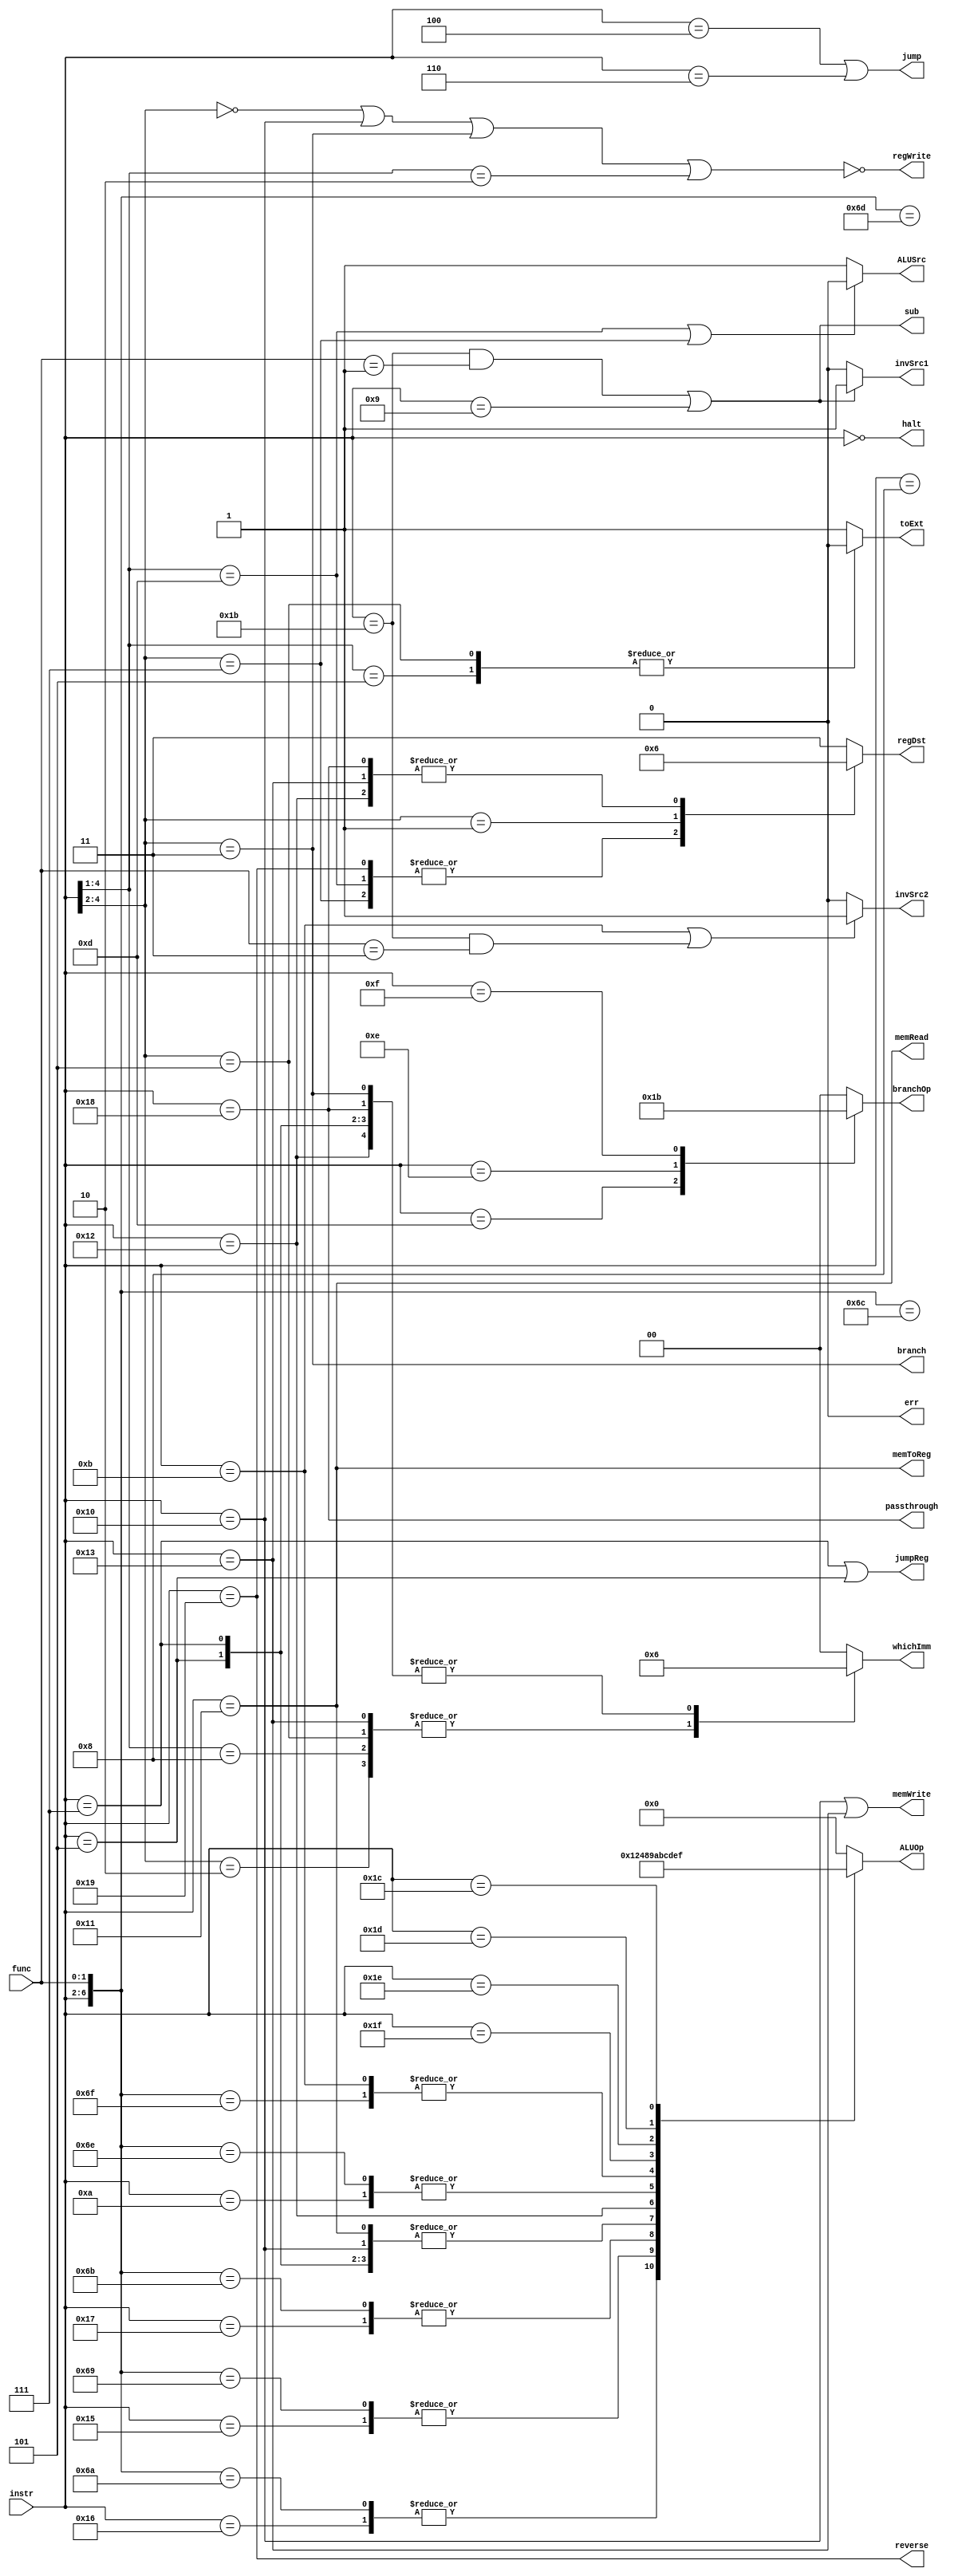
module control(instr, func, regDst, regWrite, whichImm, toExt, jump, jumpReg, branch, branchOp, memRead, memWrite, memToReg, ALUOp, ALUSrc, invSrc1, invSrc2, sub, halt, passthrough, reverse, err);
    input [4:0] instr;
    input [1:0] func;

    output reg [1:0] regDst;
    output regWrite;
    output reg [1:0] whichImm;
    output reg toExt;
    output jump, jumpReg, branch;
    output reg [1:0] branchOp;
    output memRead, memWrite, memToReg;
    output reg [3:0] ALUOp;
    output ALUSrc;
    output invSrc1, invSrc2, sub, halt, passthrough, reverse;

    output err;
   
    assign err = 1'b0;
 
    /*assign regDst = (instr[4:3] == 2'b11) ? `REG_R_FORMAT : 
		    (instr[4:2] == 3'b001) ? `REG_R7 : 
                    (instr == 5'b10011 || instr == 5'b11000 ||
		     instr == 5'b10010) ? `REG_I_FORMAT_UP : `REG_I_FORMAT_LOW;*/

    always @(*) begin
        casex(instr)
        5'b11001: regDst = 2'b00;//`REG_R_FORMAT;
        5'b1101x: regDst = 2'b00;
        5'b111xx: regDst = 2'b00;
        5'b001xx: regDst = 2'b01;
        5'b10011: regDst = 2'b10;
        5'b11000: regDst = 2'b10;
        5'b10010: regDst = 2'b10;
        default: regDst = 2'b11;
        endcase
    end

    //assign regWrite if not one of the instructions that doesn't write
    //a register
    assign regWrite = ~(instr[4:2] == 3'b000 || instr == 5'b10000 ||
			instr[4:2] == 3'b011 || instr[4:1] == 4'b0010); 

    always @(*) begin
	    casex(instr)
	    5'b010xx: whichImm = 2'b01;
	    5'b101xx: whichImm = 2'b01;
	    5'b1000x: whichImm = 2'b01;
	    5'b10011: whichImm = 2'b01;
	    5'b011xx: whichImm = 2'b10;
	    5'b11000: whichImm = 2'b10;
	    5'b10010: whichImm = 2'b10;
	    5'b00101: whichImm = 2'b10;
	    5'b00111: whichImm = 2'b10;
	    5'b00100: whichImm = 2'b00;
	    5'b00110: whichImm = 2'b00;
	    default: begin
		    whichImm = 3'b0;
	    end 
	    endcase
    end

    always @(*) begin
	    casex(instr)
	    5'b0101x: toExt = 1'b0;
	    5'b101xx: toExt = 1'b0;
	    default: begin
		    toExt = 1'b1;
	    end
	    endcase	
    end 

    assign jump = (instr == 5'b00100 || instr == 5'b00110);

    assign jumpReg = (instr == 5'b00111 || instr == 5'b00101);

    assign branch = (instr[4:2] == 3'b011);

    always @(*) begin

        case(instr)
            5'b01100: branchOp = 2'b00;
            5'b01101: branchOp = 2'b01;
            5'b01110: branchOp = 2'b10;
            5'b01111: branchOp = 2'b11;
            default: begin
                branchOp = 2'b00;
            end
        endcase
        
    end

    assign memRead = (instr == 5'b10001);

    assign memWrite = (instr == 5'b10000 || instr == 5'b10011);

    assign memToReg = (instr == 5'b10001);

    always @(*) begin
        casex({instr, func})
        7'b10100_xx: ALUOp = 4'b0000;
        7'b11010_00: ALUOp = 4'b0000;
        7'b10110_xx: ALUOp = 4'b0001;
        7'b11010_10: ALUOp = 4'b0001;
        7'b10101_xx: ALUOp = 4'b0010;
        7'b11010_01: ALUOp = 4'b0010;
        7'b10111_xx: ALUOp = 4'b0100;
        7'b11010_11: ALUOp = 4'b0100;
        //add
        7'b01000_xx : ALUOp = 4'b1000;
        7'b11011_00 : ALUOp = 4'b1000;
        7'b01001_xx : ALUOp = 4'b1000;
        7'b01000_xx : ALUOp = 4'b1000;
        7'b11011_01 : ALUOp = 4'b1000;
        7'b10000_xx : ALUOp = 4'b1000;
        7'b10001_xx : ALUOp = 4'b1000;
        7'b10011_xx : ALUOp = 4'b1000; 
        7'b00101_xx : ALUOp = 4'b1000;
        7'b00111_xx : ALUOp = 4'b1000;
        //SLBI
        7'b10010_xx : ALUOp = 4'b1001;
        //XOR
        7'b01010_xx : ALUOp = 4'b1010;
        7'b11011_10 : ALUOp = 4'b1010;
        //AND
        7'b01011_xx : ALUOp = 4'b1011;
        7'b11011_11 : ALUOp = 4'b1011;
        //SCO
        7'b11111_xx : ALUOp = 4'b1100;
        //SLE
        7'b11110_xx : ALUOp = 4'b1101;
        //SLT
        7'b11101_xx : ALUOp = 4'b1110;
        //SEQ
        7'b11100_xx : ALUOp = 4'b1111;
        default: ALUOp = 4'b0000;
        endcase
    end

    assign ALUSrc = (instr[4:1] == 4'b1101 || instr[4:2] == 3'b111) ? 
			1'b0 : 1'b1; 

    assign invSrc1 = ((instr == 5'b11011 && func == 2'b01) || instr == 5'b01001) ? 1'b1 : 1'b0;
    
    assign invSrc2 = ((instr == 5'b01011) || (instr == 5'b11011 && func == 2'b11)) ? 1'b1 : 1'b0;
    
    assign sub = ((instr == 5'b11011 && func == 2'b01) || instr == 5'b01001);

    assign halt = (instr == 5'b00000);

    assign passthrough = (instr == 5'b11000);

    assign reverse = (instr == 5'b11001);

endmodule